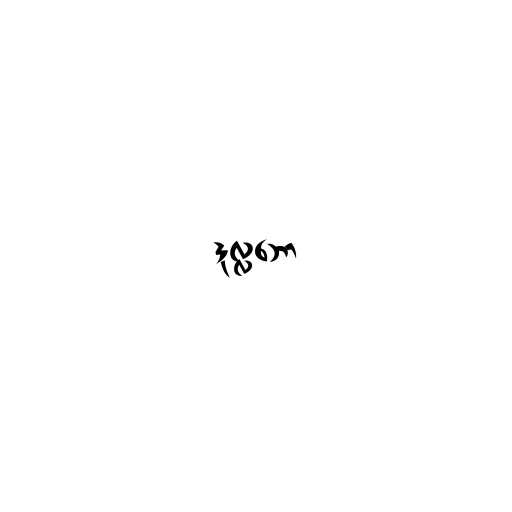
ဒုလ္လဘော